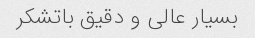
بسیار عالی و دقیق باتشکر